Source: Handwritten
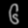
Digit: ၆ (6)